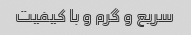
سریع و گرم و با کیفیت